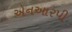
એનઆરપી